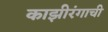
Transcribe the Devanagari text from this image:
काझीरंगाची